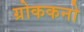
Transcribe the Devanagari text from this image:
ग्रोककनो